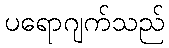
ပရောဂျက်သည်